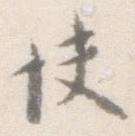
快